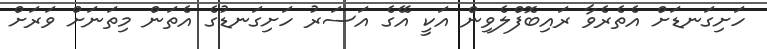
ހަށިގަނޑަށް އެތެރެވާ ރައިބޮފްލެވިން އަކީ އޭގެ އަސަރު ހަށިގަނޑުގެ އެތަން މިތަނަށް ވަރަށް